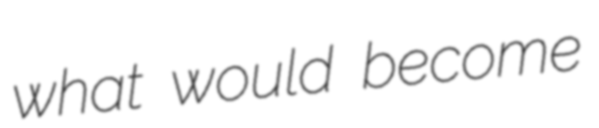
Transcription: what would become